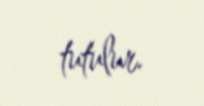
tutulur.